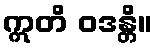
ဣတိ ဝဒန္တိ။